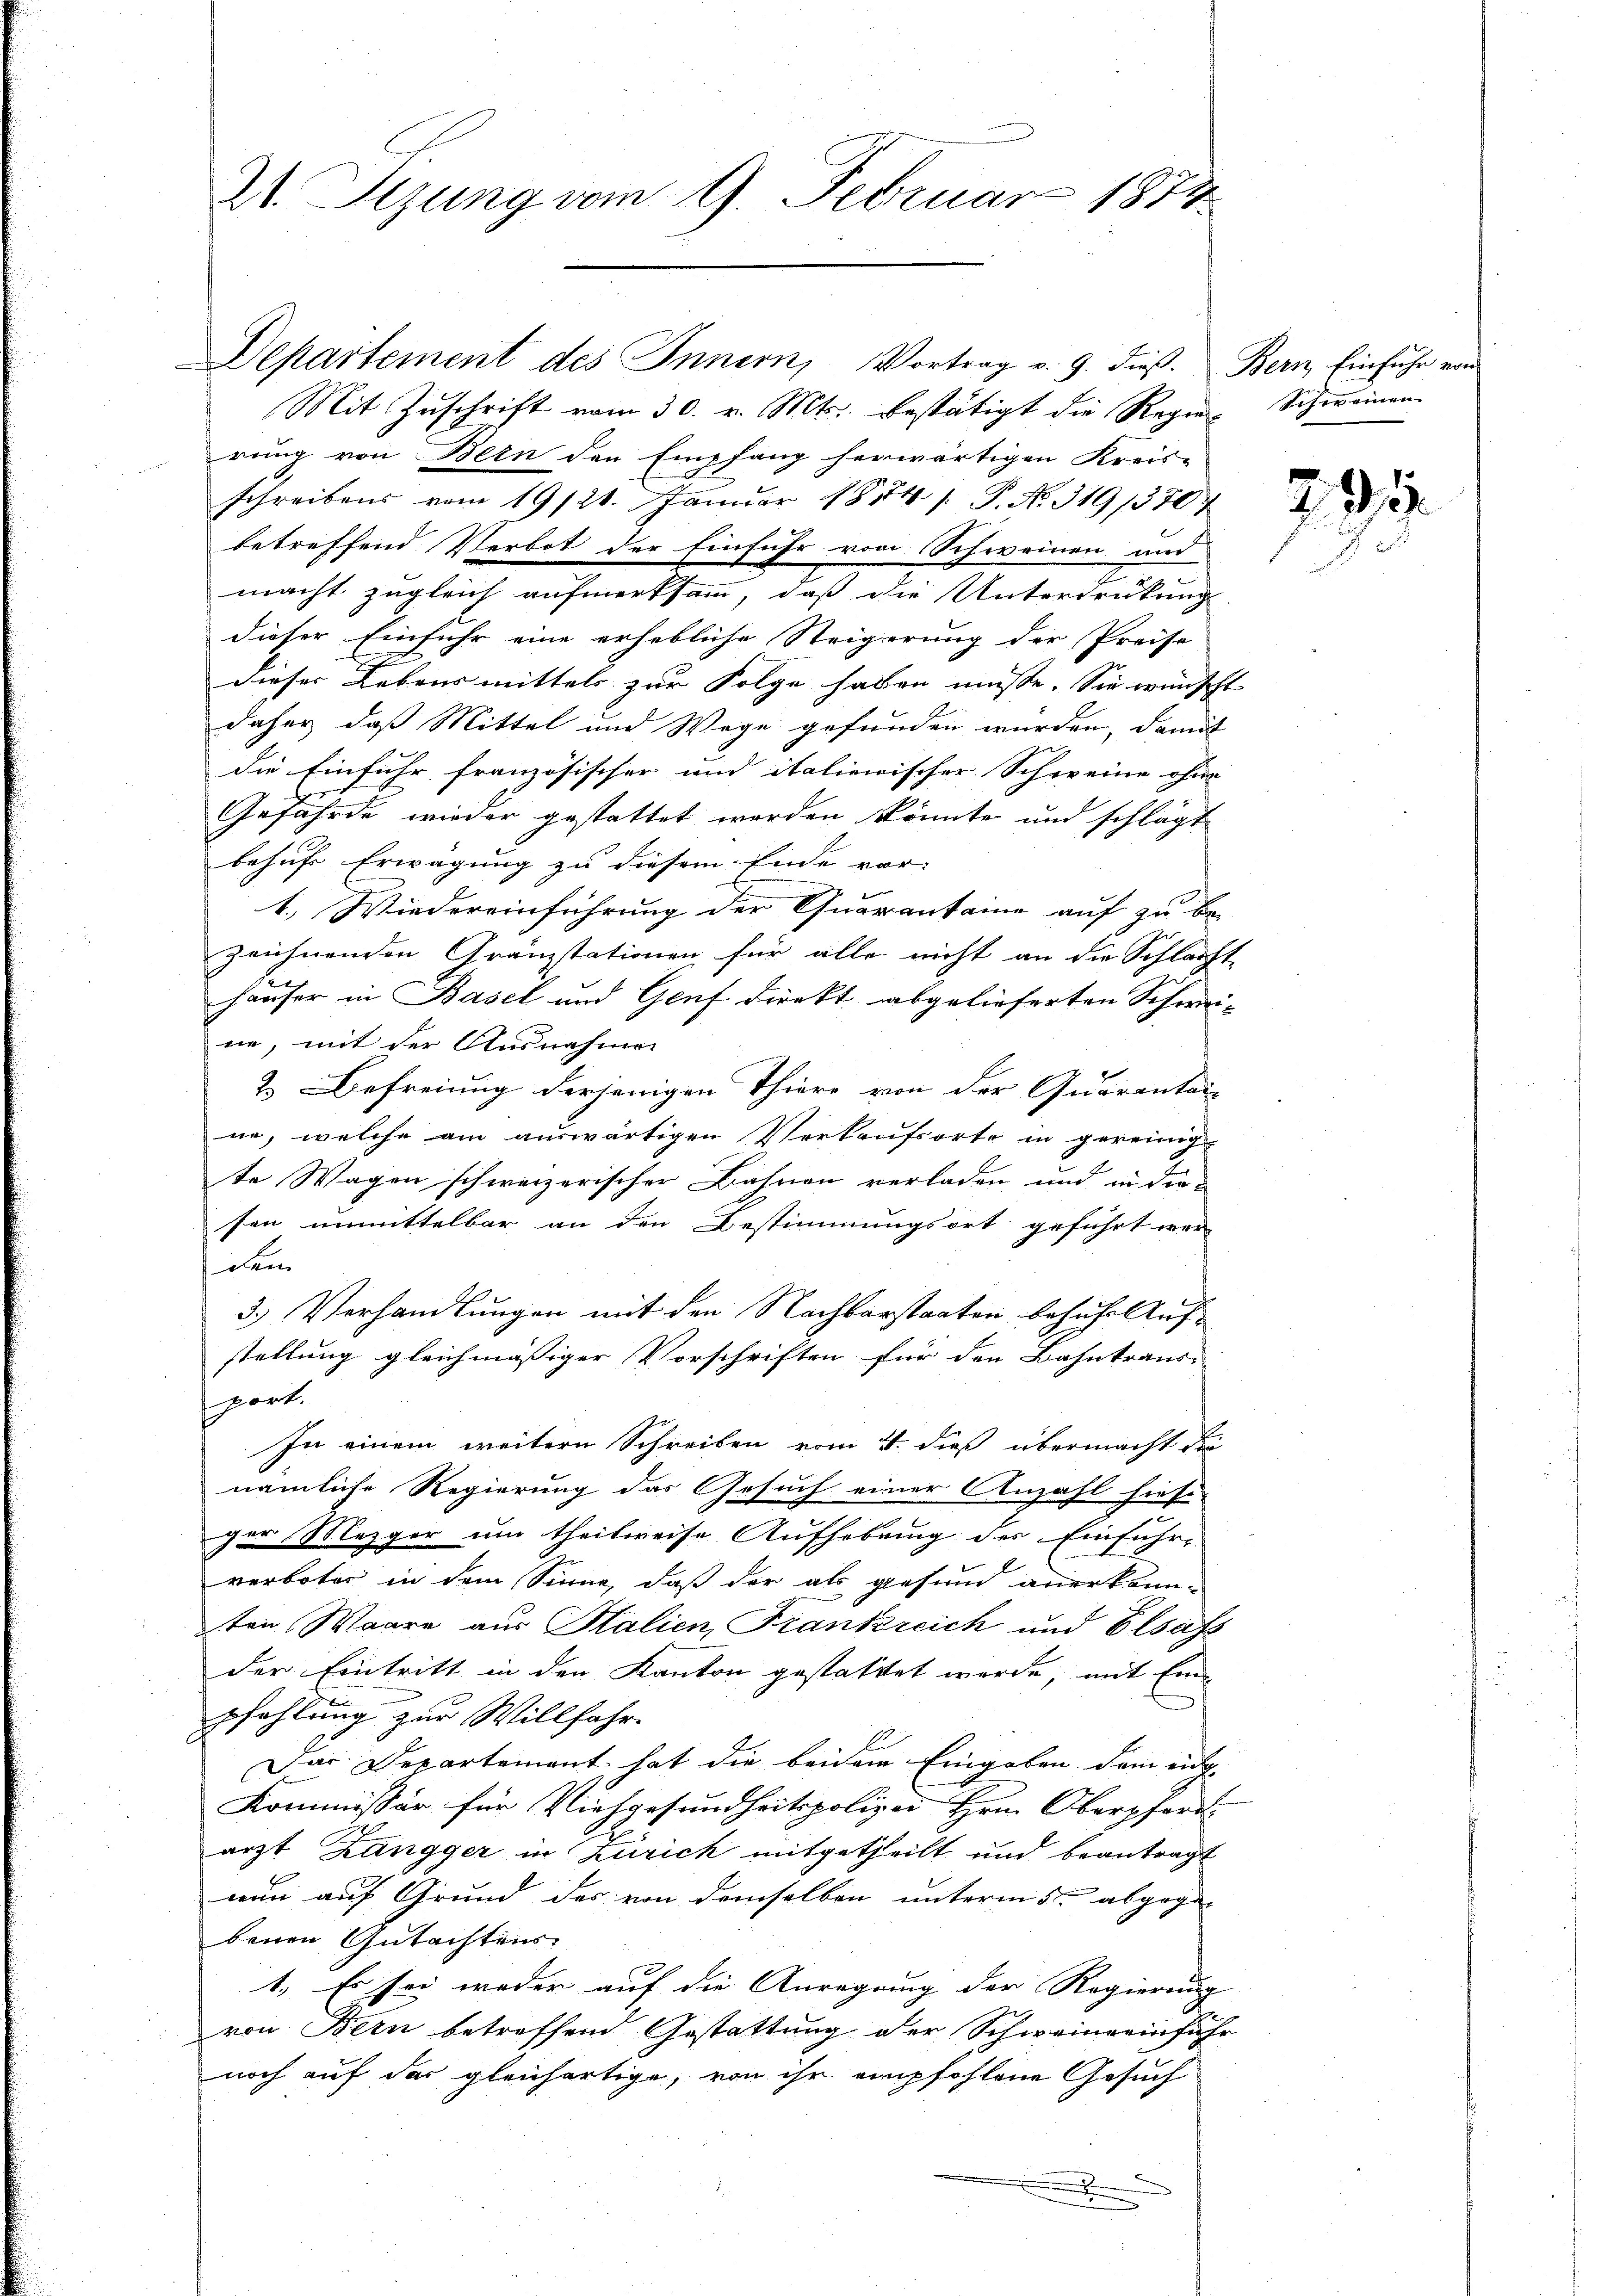
St. Sizung vom 9. Februar 1874.

Mit Zuschrift vom 30. v. Mts. bestätigt die Regie-Schweinen-
rung von Bern den Empfang herwärtigen Kreis-
schreibens vom 19/21. Januar 1884 s. P. No. 319/370
betreffend Verbot der Einführ vom Schweinen und
macht zugleich aufmerksam, daß die Unterdrückung
dieser Einfuhr eine erhebliche Steigerung der Preise
dieser Lebensmittels zur Folge haben müsse. Sie wünscht
daher, daß Mittel und Wege gefunden wurden, damit
die Einfuhr französischer und italienischer Schweine ohne
Gefährde wieder gestattet werden könnte und schlägt
behufe Erwägung zu diesem Ende vor- |
t. Wiedereinführung der Quarantaine auf zu be-
zeichnenden Gränzstationen für alle nicht an die Schlacht
häuser in Basel und Genf direkt abgelieferten Schwei-
ne, mit der Ausnahmen
2. Befreiung derjenigen Thier von der Quarantai
ne, welche am auswärtigen Verkaufsorte in gereing
te Wagen schweizerischer Bahnen verladen und in die
sen unmittelbar an den Bestimmungsort geführt wer
dem
3.) Verhandlungen mit den Nachbarstaaten, besuche Aufstellung gleichmässiger Vorschriften für den Bahntraus- |
sport.
In einem weitern Schreiben vom 4. dieß übermacht die
nämliche Regierung das Gesuch einer Anzahl hiesi-
ger Mezger um theilweise Aufhebung des Einfuhr-
verboter in dem Sinne, daß der als gesund anerkann-
ten Waare aus Halien, Frankreich und Elsass
der Eintritt in den Kanton gestattet werde, mit Eine
pfehlung zur Willfahr.
Das Departement hat die beidem Eingaben dem eidge
Kommissär für Viehgesundheitspolizei Hrn. Oberpford
arzt Zangger in Zürich mitgetheilt und beantragt
nun auf Grund des von demselben unterm 5. abgegen-
benen Gutachtens
1. Es sei weder auf die Anregung der Regierung |
von Bern betreffend Gestattung der Schweine einfuhr
noch auf das gleichartige, von ihr empfohlene Gesuch
.

Departement des Innern, Vortrag v. 9. dieß. Bern, Einfuhr von

291.